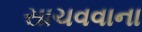
સાચવવાના